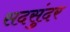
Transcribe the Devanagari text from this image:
सदसुंदर